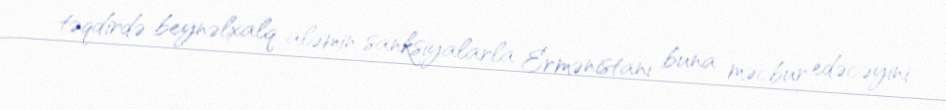
təqdirdə beynəlxalq aləmin sanksiyalarla Ermənistanı buna məcbur edəcəyini